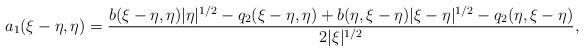
\begin{align*}a_{1}(\xi-\eta, \eta) = \frac{b(\xi-\eta,\eta)|\eta|^{1/2} - q_{2}(\xi-\eta, \eta)+b(\eta,\xi-\eta)|\xi-\eta|^{1/2} - q_{2}(\eta,\xi- \eta)}{2|\xi|^{1/2}},\end{align*}